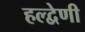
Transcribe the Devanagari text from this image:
हल्द्वेणी